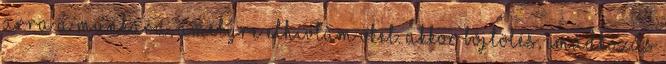
arra a munkára, amelyre elhívtam őket. Akkor böjtölés, imádkozás